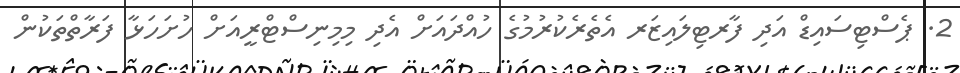
2. ޕެސްޓިސައިޑް އަދި ފާރޓިލައިޒަރ އެތެރެކުރުމުގެ ހުއްދައަށް އެދި މިމިނިސްޓްރީއަށް ހުށަހަޅާ ފަރާތްތަކުން